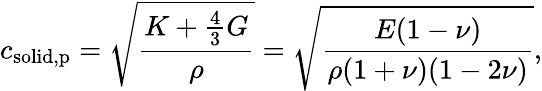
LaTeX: c_{\mathrm{solid,p}}={\sqrt{\frac{K+{\frac{4}{3}}G}{\rho}}}={\sqrt{\frac{E(1-\nu)}{\rho(1+\nu)(1-2\nu)}}},